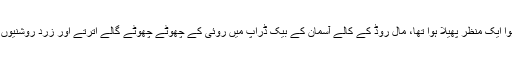
اس کے سامنے طلسمی دھاگوں سے بنا ہوا ایک منظر پھیلا ہوا تھا، مال روڈ کے کالے آسمان کے بیک ڈراپ میں روئی کے چھوٹے چھوٹے گالے اترتے اور زرد روشنیوں کی مہین کرنوں میں پروئے جاتے تھے۔